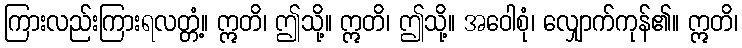
ကြားလည်းကြားရလတ္တံ့။ ဣတိ၊ ဤသို့။ ဣတိ၊ ဤသို့။ အဝေါစုံ၊ လျှောက်ကုန်၏။ ဣတိ၊